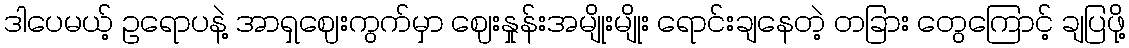
ဒါပေမယ့် ဥရောပနဲ့ အာရှဈေးကွက်မှာ ဈေးနှုန်းအမျိုးမျိုး ရောင်းချနေတဲ့ တခြား တွေကြောင့် ချပြဖို့